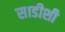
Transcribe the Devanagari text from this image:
साडीशी